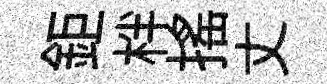
鉅柈摇丈